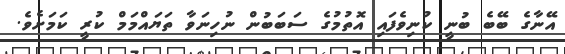
އޭނާގެ ބޭބެ ބުނީ ކުނިވެފައި އޮތުމުގެ ސަބަބުން ނުހިނަވާ ތަޔައްމަމް ކުރީ ކަމަށެވެ.